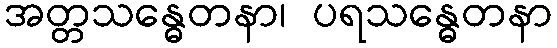
အတ္တသန္ဓေတနာ၊ ပရသန္ဓေတနာ